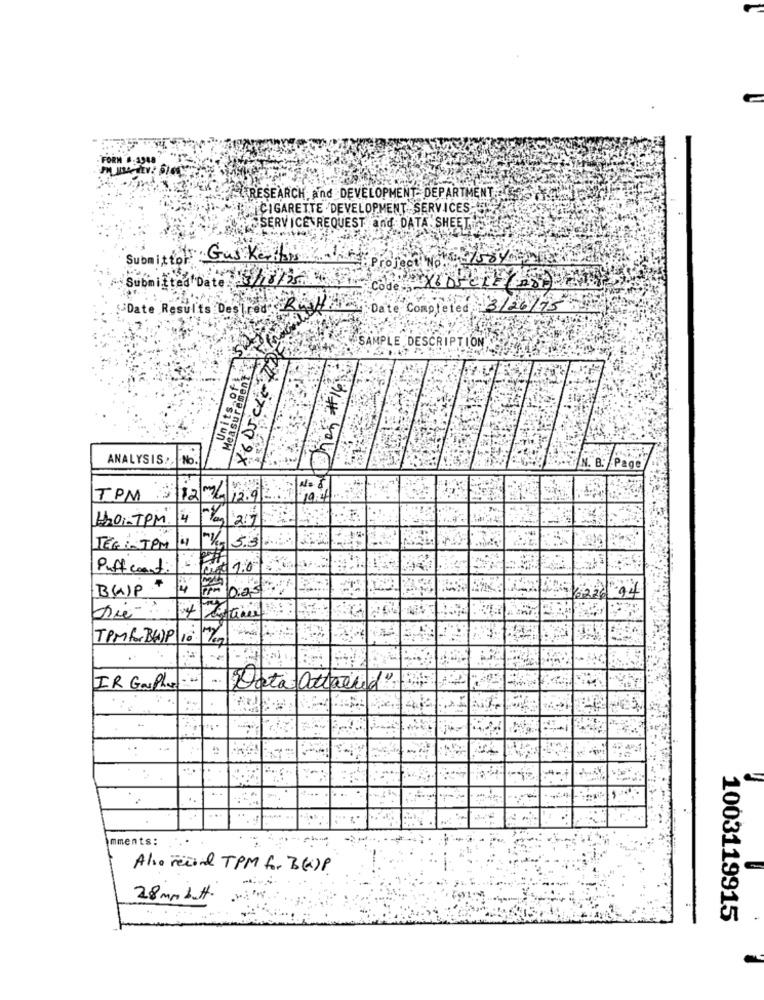
FORM #:1948
RESEARCH and DEVELOPMENT DEPARTMENT
JI- CIGARETTE DEVELOPMENT SERVICES-
SERVICE REQUEST and DATA SHEET."
Submittor Gus Kerst
475848
Submitted Date: 83
Cod
Date Results DesTred
Date Completed 3/26/7
X 6 DICLE HIDE
SAMPLE DESCRIPTION
Units of\
Measurement
ANALYSIS: No.
N. B. Page
TPM :3 124 2.92.
H2O :- TPM.
2.7
TEG :- IPM
-1KG 5.3
Puff count:
od 1.0
B(A)P +
b.as
6226
TPMFBHIP
IR GasPhar
Data attalla
mments:
Also record TPM for BG)P
28 mm butt.
1003119915